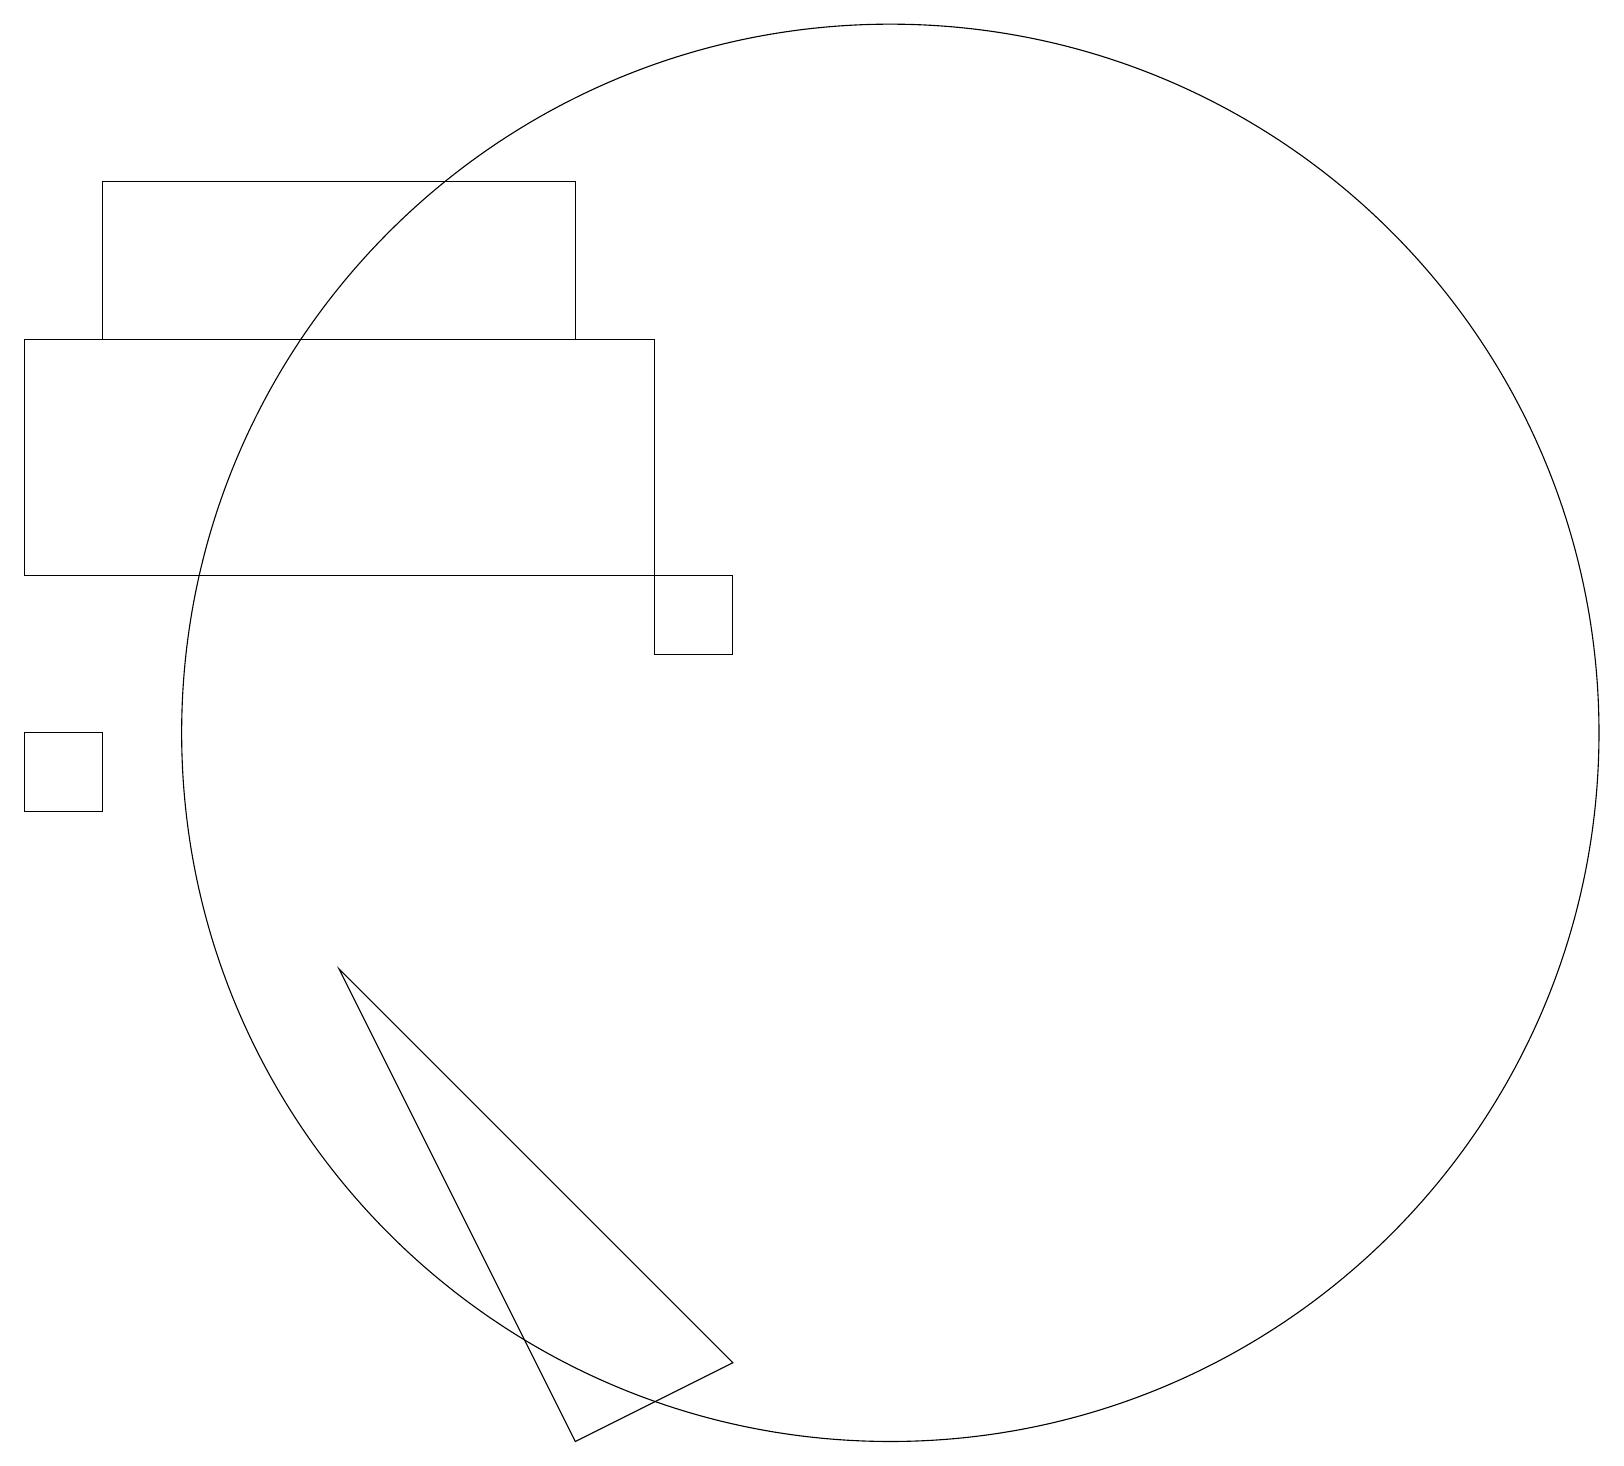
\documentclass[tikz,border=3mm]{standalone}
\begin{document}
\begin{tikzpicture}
\draw (8,13) rectangle (0,16);
\draw (1,11) rectangle (0,10);
\draw (11,11) circle (9);
\draw (8,13) rectangle (9,12);
\draw (7,2) -- (4,8) -- (9,3) -- cycle;
\draw (1,16) rectangle (7,18);
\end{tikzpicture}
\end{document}